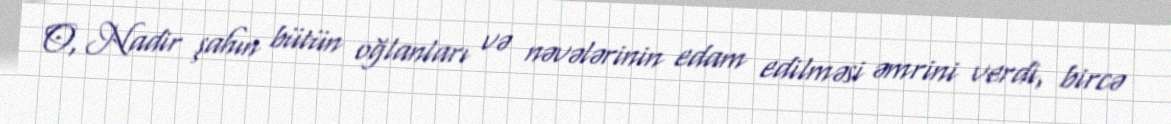
O, Nadir şahın bütün oğlanları və nəvələrinin edam edilməsi əmrini verdi, bircə